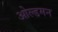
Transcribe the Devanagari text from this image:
ओल्डमन